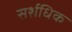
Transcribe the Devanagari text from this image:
सर्शधिक